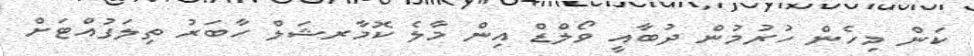
ކަން މިހެން ހުރުމުން ދުބާއީ ވޯލްޑް އިން މާލެ ކޮމާރޝަލް ހާބަރު ތިލަފުއްޓަށް